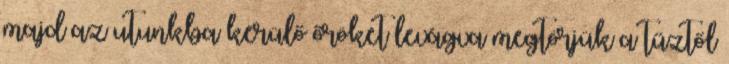
majd az utunkba kerülő őröket levágva megtörjük a tűztől